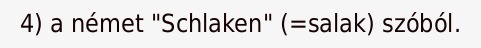
4) a német "Schlaken" (=salak) szóból.